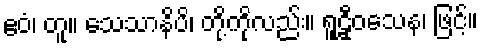
ဧဝံ၊ တူ။ သေသာနိပိ၊ တို့ကိုလည်း။ ရူဠှီဝသေန၊ ဖြင့်။